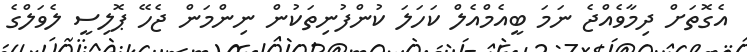
އެގޮތަށް ދިމާވެއްޖެ ނަމަ ބީއެމްއެލް ކަހަލަ ކުންފުނިތަކުން ނިންމަން ޖެހޭ ޕޮލިސީ ލެވަލްގެ